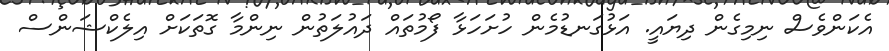
އެކަންވެސް ނިމިގެން ދިޔައީ. އަޅުގަނޑުމެން ހުށަހަޅާ ފޯމުތައް ދައުލަތުން ނިންމާ ގޮތަކަށް އިލެކްޝަންސް